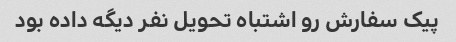
پیک سفارش رو اشتباه تحویل نفر دیگه داده بود